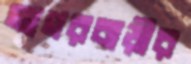
আগরবাড়ীর